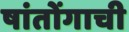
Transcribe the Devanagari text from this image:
षांतोंगाची